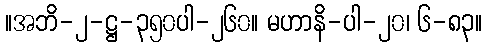
။အဘိ-၂-ဋ္ဌ-၃၅၀ပါ-၂၆၀။ မဟာနိ-ပါ-၂၀၊ ၆-၈၃။